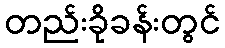
တည်းခိုခန်းတွင်